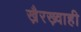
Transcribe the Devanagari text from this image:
ख़ैरख़्वाही